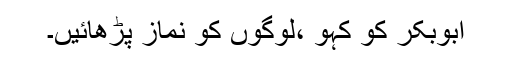
ابوبکر کو کہو ،لوگوں کو نماز پڑھائیں۔